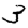
Digit: 3